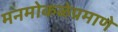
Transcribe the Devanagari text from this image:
मनमोकळेप्रमाणे